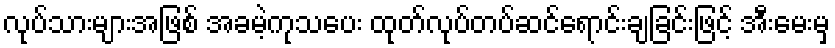
လုပ်သားများအဖြစ် အခမဲ့ကုသပေး ထုတ်လုပ်တပ်ဆင်ရောင်းချခြင်းဖြင့် အီးမေးမှ